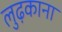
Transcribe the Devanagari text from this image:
लुढ़काना